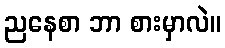
ညနေစာ ဘာ စားမှာလဲ။